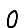
Digit: 0